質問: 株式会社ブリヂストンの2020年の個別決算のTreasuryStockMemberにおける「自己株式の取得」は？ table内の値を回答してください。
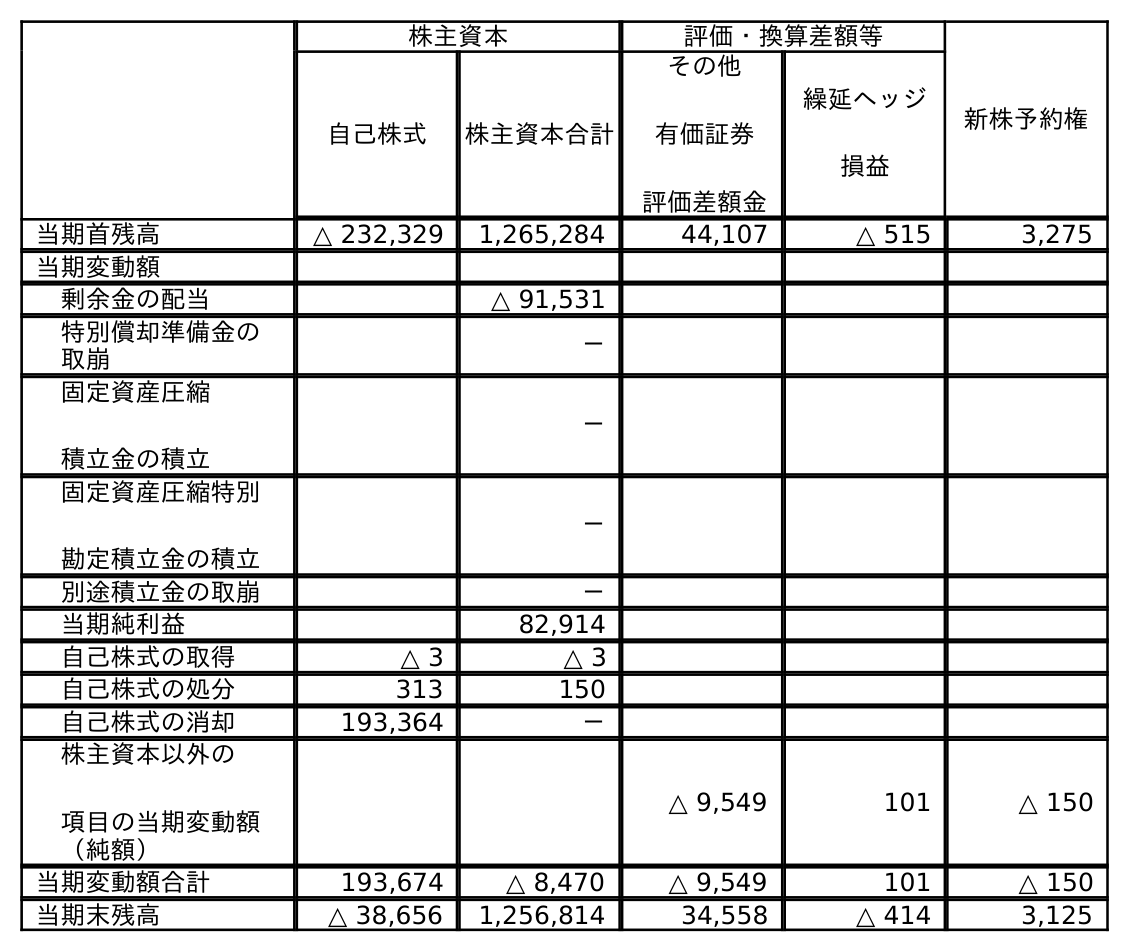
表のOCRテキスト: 株主資本 評価・換算差額等 新株予約権 自己株式 株主資本合計 その他 有価証券 評価差額金 繰延ヘッジ 損益 当期首残高 △ 232,329 1,265,284 44,107 △ 515 3,275 当期変動額 剰余金の配当 △ 91,531 特別償却準備金の 取崩 － 固定資産圧縮 積立金の積立 － 固定資産圧縮特別 勘定積立金の積立 － 別途積立金の取崩 － 当期純利益 82,914 自己株式の取得 △ 3 △ 3 自己株式の処分 313 150 自己株式の消却 193,364 － 株主資本以外の 項目の当期変動額 （純額） △ 9,549 101 △ 150 当期変動額合計 193,674 △ 8,470 △ 9,549 101 △ 150 当期末残高 △ 38,656 1,256,814 34,558 △ 414 3,125
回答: △3